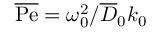
\overline { { \mathrm { P e } } } = \omega _ { 0 } ^ { 2 } / \overline { { D } } _ { 0 } k _ { 0 }